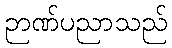
ဉာဏ်ပညာသည်